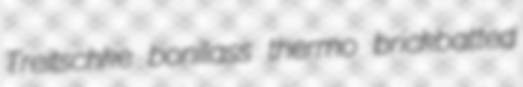
Treitschke bonilass thermo brickbatted